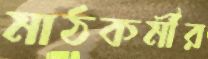
মাঠকর্মীর